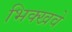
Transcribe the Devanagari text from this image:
भिक्खवे